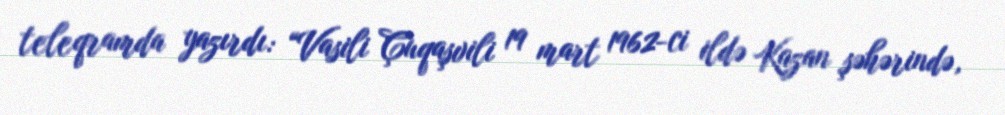
teleqramda yazırdı: “Vasili Çuqaşvili 19 mart 1962-ci ildə Kazan şəhərində,